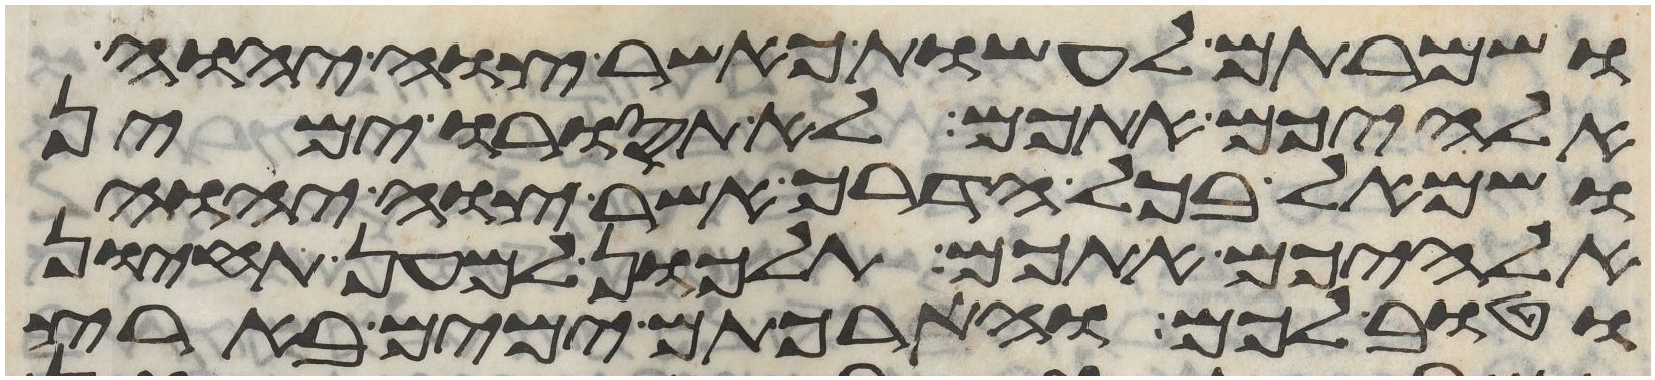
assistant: ושמרתם לעשות כאשר צוה יהוה
אלהיכם אתכם לא תסורו ימין
ושמאל בכל הדרך אשר צוה יהוה
אלהיכם אתכם תלכון למען תחיון
וטוב לכם והארכתם ימים בארץ